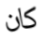
كان